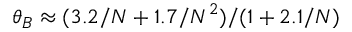
\theta _ { B } \approx ( 3 . 2 / N + 1 . 7 / N ^ { 2 } ) / ( 1 + 2 . 1 / N )